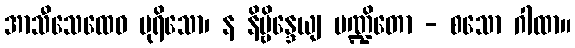
အာသီသေထေဝ ပုရိသော၊ န နိဗ္ဗိန္ဒေယျ ပဏ္ဍိတော - စသော ဂါထာ။